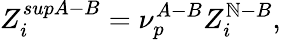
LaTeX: Z_{i}^{supA-B}=\nu_{p}^{A-B}Z_{i}^{\mathbb{N}-B},